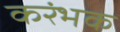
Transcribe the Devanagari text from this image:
करंभक